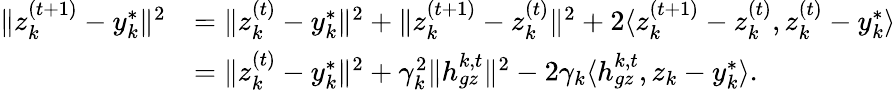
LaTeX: \begin{array}{rl}{\| z_{k}^{(t+1)}-y_{k}^{*}\| ^{2}}&{=\| z_{k}^{(t)}-y_{k}^{*}\| ^{2}+\| z_{k}^{(t+1)}-z_{k}^{(t)}\| ^{2}+2\langle z_{k}^{(t+1)}-z_{k}^{(t)},z_{k}^{(t)}-y_{k}^{*}\rangle}\\ &{=\| z_{k}^{(t)}-y_{k}^{*}\| ^{2}+\gamma_{k}^{2}\| h_{gz}^{k,t}\| ^{2}-2\gamma_{k}\langle h_{gz}^{k,t},z_{k}-y_{k}^{*}\rangle.}\end{array}